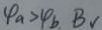
4 a > 4 b B r